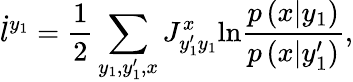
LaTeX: \dot{l}^{y_{1}}=\frac{1}{2}\sum_{y_{1},y_{1}^{\prime},x}J_{y_{1}^{\prime}y_{1}}^{x}\mathrm{ln}\frac{p\left(x|y_{1}\right)}{p\left(x|y_{1}^{\prime}\right)},